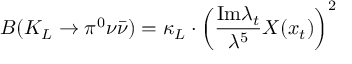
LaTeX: B ( K _ { L } \to \pi ^ { 0 } \nu \bar { \nu } ) = \kappa _ { L } \cdot \left( \frac { \mathrm { I m } \lambda _ { t } } { \lambda ^ { 5 } } X ( x _ { t } ) \right) ^ { 2 }